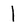
Character: l